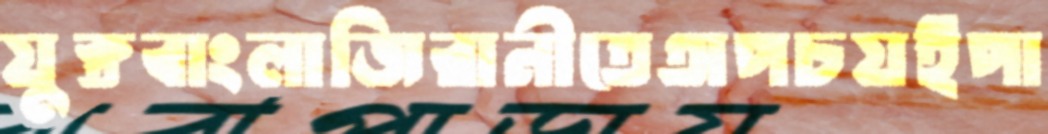
যুক্তবাংলাজিরানীতেঅপচয়ইপা